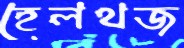
হেলথজ